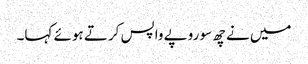
میں نے چھ سو روپے واپس کرتے ہوئے کہا۔